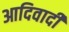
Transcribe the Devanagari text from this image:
आदिवादी